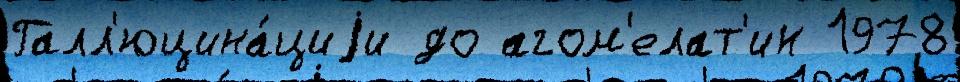
Галл'юцина́циjи до агом'елат'ин 1978